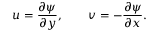
u = \frac { \partial \psi } { \partial y } , ~ ~ ~ ~ ~ ~ v = - \frac { \partial \psi } { \partial x } .